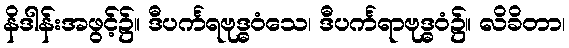
နိဒါန်းအဖွင့်၌။ ဒီပင်္ကရဗုဒ္ဓဝံသေ၊ ဒီပင်္ကရာဗုဒ္ဓဝံ၌။ လိခိတာ၊